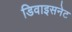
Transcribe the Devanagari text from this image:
डिवाइसनेट